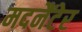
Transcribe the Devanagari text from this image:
मदनैंटेर